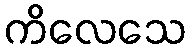
ကိလေသေ